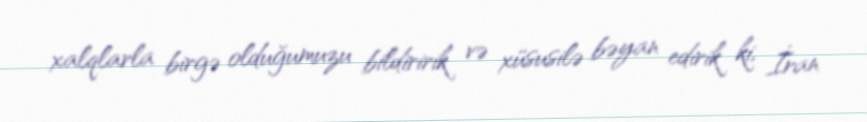
xalqlarla birgə olduğumuzu bildiririk və xüsusilə bəyan edirik ki, İran